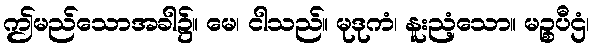
ဤမည်သောအခါ၌။ မေ၊ ငါသည်။ မုဒုကံ၊ နူးညံ့သော။ မဉ္စပီဌံ၊